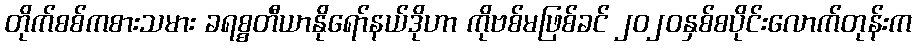
တိုက်စစ်ကစားသမား ခရစ္စတီယာနိုရော်နယ်ဒိုဟာ ကိုဗစ်မဖြစ်ခင် ၂၀၂၀နှစ်စပိုင်းလောက်တုန်းက